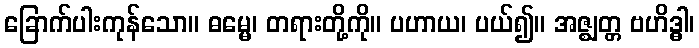
ခြောက်ပါးကုန်သော။ ဓမ္မေ၊ တရားတို့ကို။ ပဟာယ၊ ပယ်၍။ အဇ္ဈတ္တ ဗဟိဒ္ဓါ၊